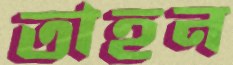
তাহন